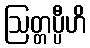
ဩတ္တပ္ပီဟိ